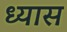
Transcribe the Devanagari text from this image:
ध्‍यास